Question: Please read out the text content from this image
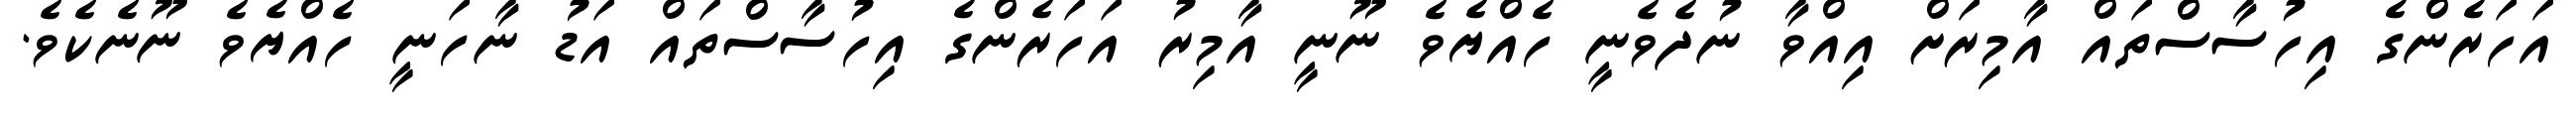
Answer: އަހަރެންގެ އިހުސާސްތައް އާމިރަށް އިއްވާ ނުދެވެނީ ހެއްޔެވެ ނޫނީ އާމިރު އަހަރެންގެ އިހުސާސްތައް އަޑު ނާހަނީ ހެއްޔެވެ ނޫނެކެވެ.